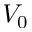
V _ { 0 }